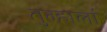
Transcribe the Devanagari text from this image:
तुम्हालां